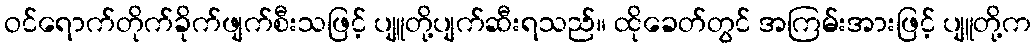
ဝင်ရောက်တိုက်ခိုက်ဖျက်စီးသဖြင့် ပျူတို့ပျက်ဆီးရသည်။ ထိုခေတ်တွင် အကြမ်းအားဖြင့် ပျူတို့က